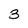
Character: 3